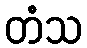
တံသ